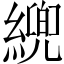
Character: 𦄓